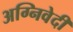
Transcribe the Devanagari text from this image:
अग्निवेदी